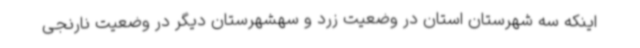
اینکه سه شهرستان استان در وضعیت زرد و سهشهرستان دیگر در وضعیت نارنجی